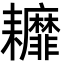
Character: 𦔭